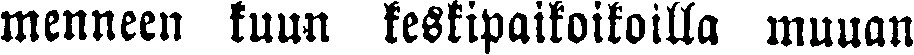
menneen kuun keskipaikoikoilla muuan